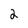
Character: 2